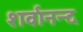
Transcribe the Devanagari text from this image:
शर्वानन्द